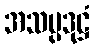
အသမ္ပဒုဋ္ဌံ